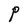
Character: P